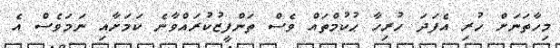
މިހާތަނަށް ހުރި އެފަދަ ހުރިހާ ޙުކުމްތައް ވެސް ތަންފީޒުކުރައްވާނެ ކަމަށާއި ނަމަވެސް އެ